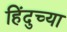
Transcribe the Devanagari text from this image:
हिंदुच्या